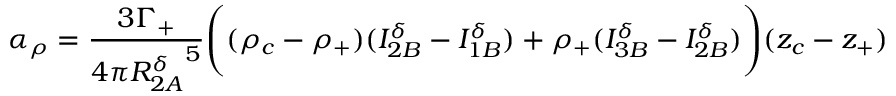
\alpha _ { \rho } = \frac { 3 \Gamma _ { + } } { 4 \pi { R _ { 2 A } ^ { \delta } } ^ { 5 } } \Bigg ( ( \rho _ { c } - \rho _ { + } ) ( I _ { 2 B } ^ { \delta } - I _ { 1 B } ^ { \delta } ) + \rho _ { + } ( I _ { 3 B } ^ { \delta } - I _ { 2 B } ^ { \delta } ) \Bigg ) ( z _ { c } - z _ { + } )